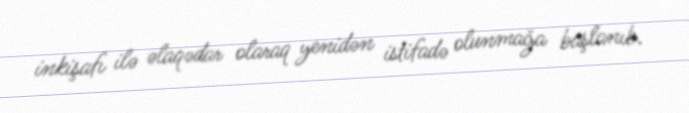
inkişafı ilə əlaqədar olaraq yenidən istifadə olunmağa başlanıb.